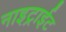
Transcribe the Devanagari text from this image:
नाइट्राईट